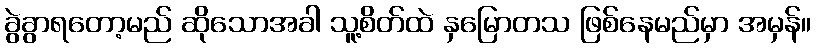
ခွဲခွာရတော့မည် ဆိုသောအခါ သူ့စိတ်ထဲ နှမြောတသ ဖြစ်နေမည်မှာ အမှန်။